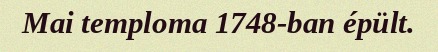
Mai temploma 1748-ban épült.